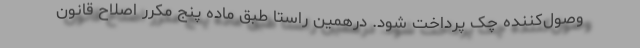
وصول‌کننده چک پرداخت شود. درهمین راستا طبق ماده پنج مکرر اصلاح قانون